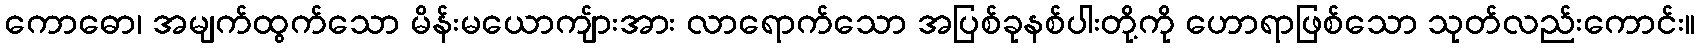
ကောဓော၊ အမျက်ထွက်သော မိန်းမယောကျ်ားအား လာရောက်သော အပြစ်ခုနစ်ပါးတို့ကို ဟောရာဖြစ်သော သုတ်လည်းကောင်း။